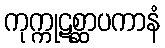
ကုက္ကုဋစ္ဆာပကာနံ